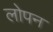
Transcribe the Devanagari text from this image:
लोपन